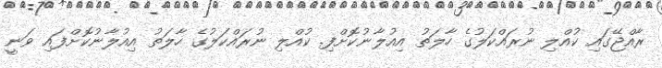
ރާއްޖޭގައި ކުއްލި ނުރައްކަލުގެ ހާލަތު އިއުލާނުކޮށްފި. ކުއްލި ނުރައްކަލުގެ ހާލަތު އިއުލާނުކޮށްފައި ވަނީ